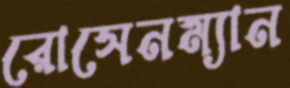
রোসেনম্যান